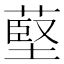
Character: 𦸃